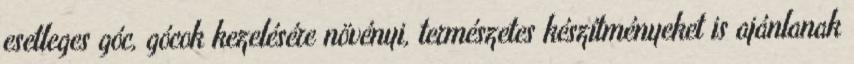
esetleges góc, gócok kezelésére növényi, természetes készítményeket is ajánlanak